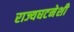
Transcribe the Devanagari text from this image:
राज्यघटनेशी